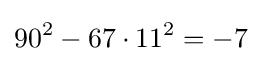
90^{2}-67\cdot 11^{2}=-7